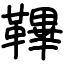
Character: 鞸